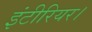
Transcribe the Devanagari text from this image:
इंटीरियर।